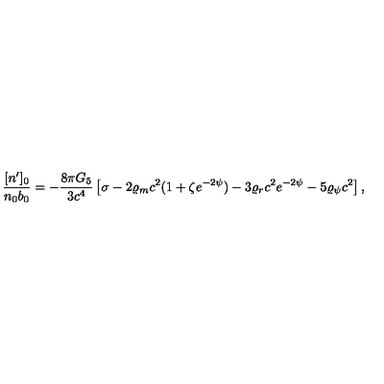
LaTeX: { \frac { [ n ^ { \prime } ] _ { 0 } } { n _ { 0 } b _ { 0 } } } = - { \frac { 8 \pi G _ { 5 } } { 3 c ^ { 4 } } } \left[ \sigma - 2 \varrho _ { m } c ^ { 2 } ( 1 + \zeta e ^ { - 2 \psi } ) - 3 \varrho _ { r } c ^ { 2 } e ^ { - 2 \psi } - 5 \varrho _ { \psi } c ^ { 2 } \right] ,